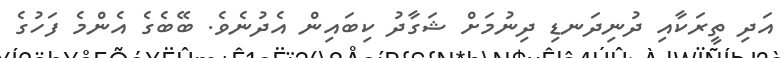
އަދި ތީރަކާއި ދުނިދަނޑި ދިނުމަށް ޝަގާދު ކިބައިން އެދުނެވެ. ބޭބެގެ އެންމެ ފަހުގެ